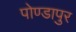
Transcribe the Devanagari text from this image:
पोण्डापुर